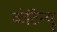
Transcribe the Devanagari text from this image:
कंटिन्यू